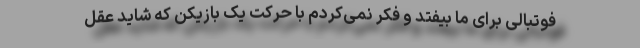
فوتبالی برای ما بیفتد و فکر نمی‌کردم با حرکت یک بازیکن که شاید عقل